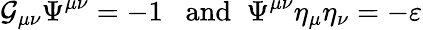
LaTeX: {\cal G}_{\mu\nu}\Psi^{\mu\nu}=-1\; \; \mathrm{~and}\; \; \Psi^{\mu\nu}\eta_{\mu}\eta_{\nu}=-\varepsilon